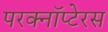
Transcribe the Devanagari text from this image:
परक्नॉप्टेरस